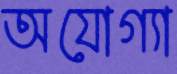
অযোগ্যা